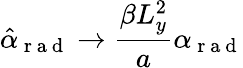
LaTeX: \hat{\alpha}_{\mathrm{~r~a~d~}}\rightarrow\frac{\beta L_{y}^{2}}{a}\alpha_{\mathrm{~r~a~d~}}